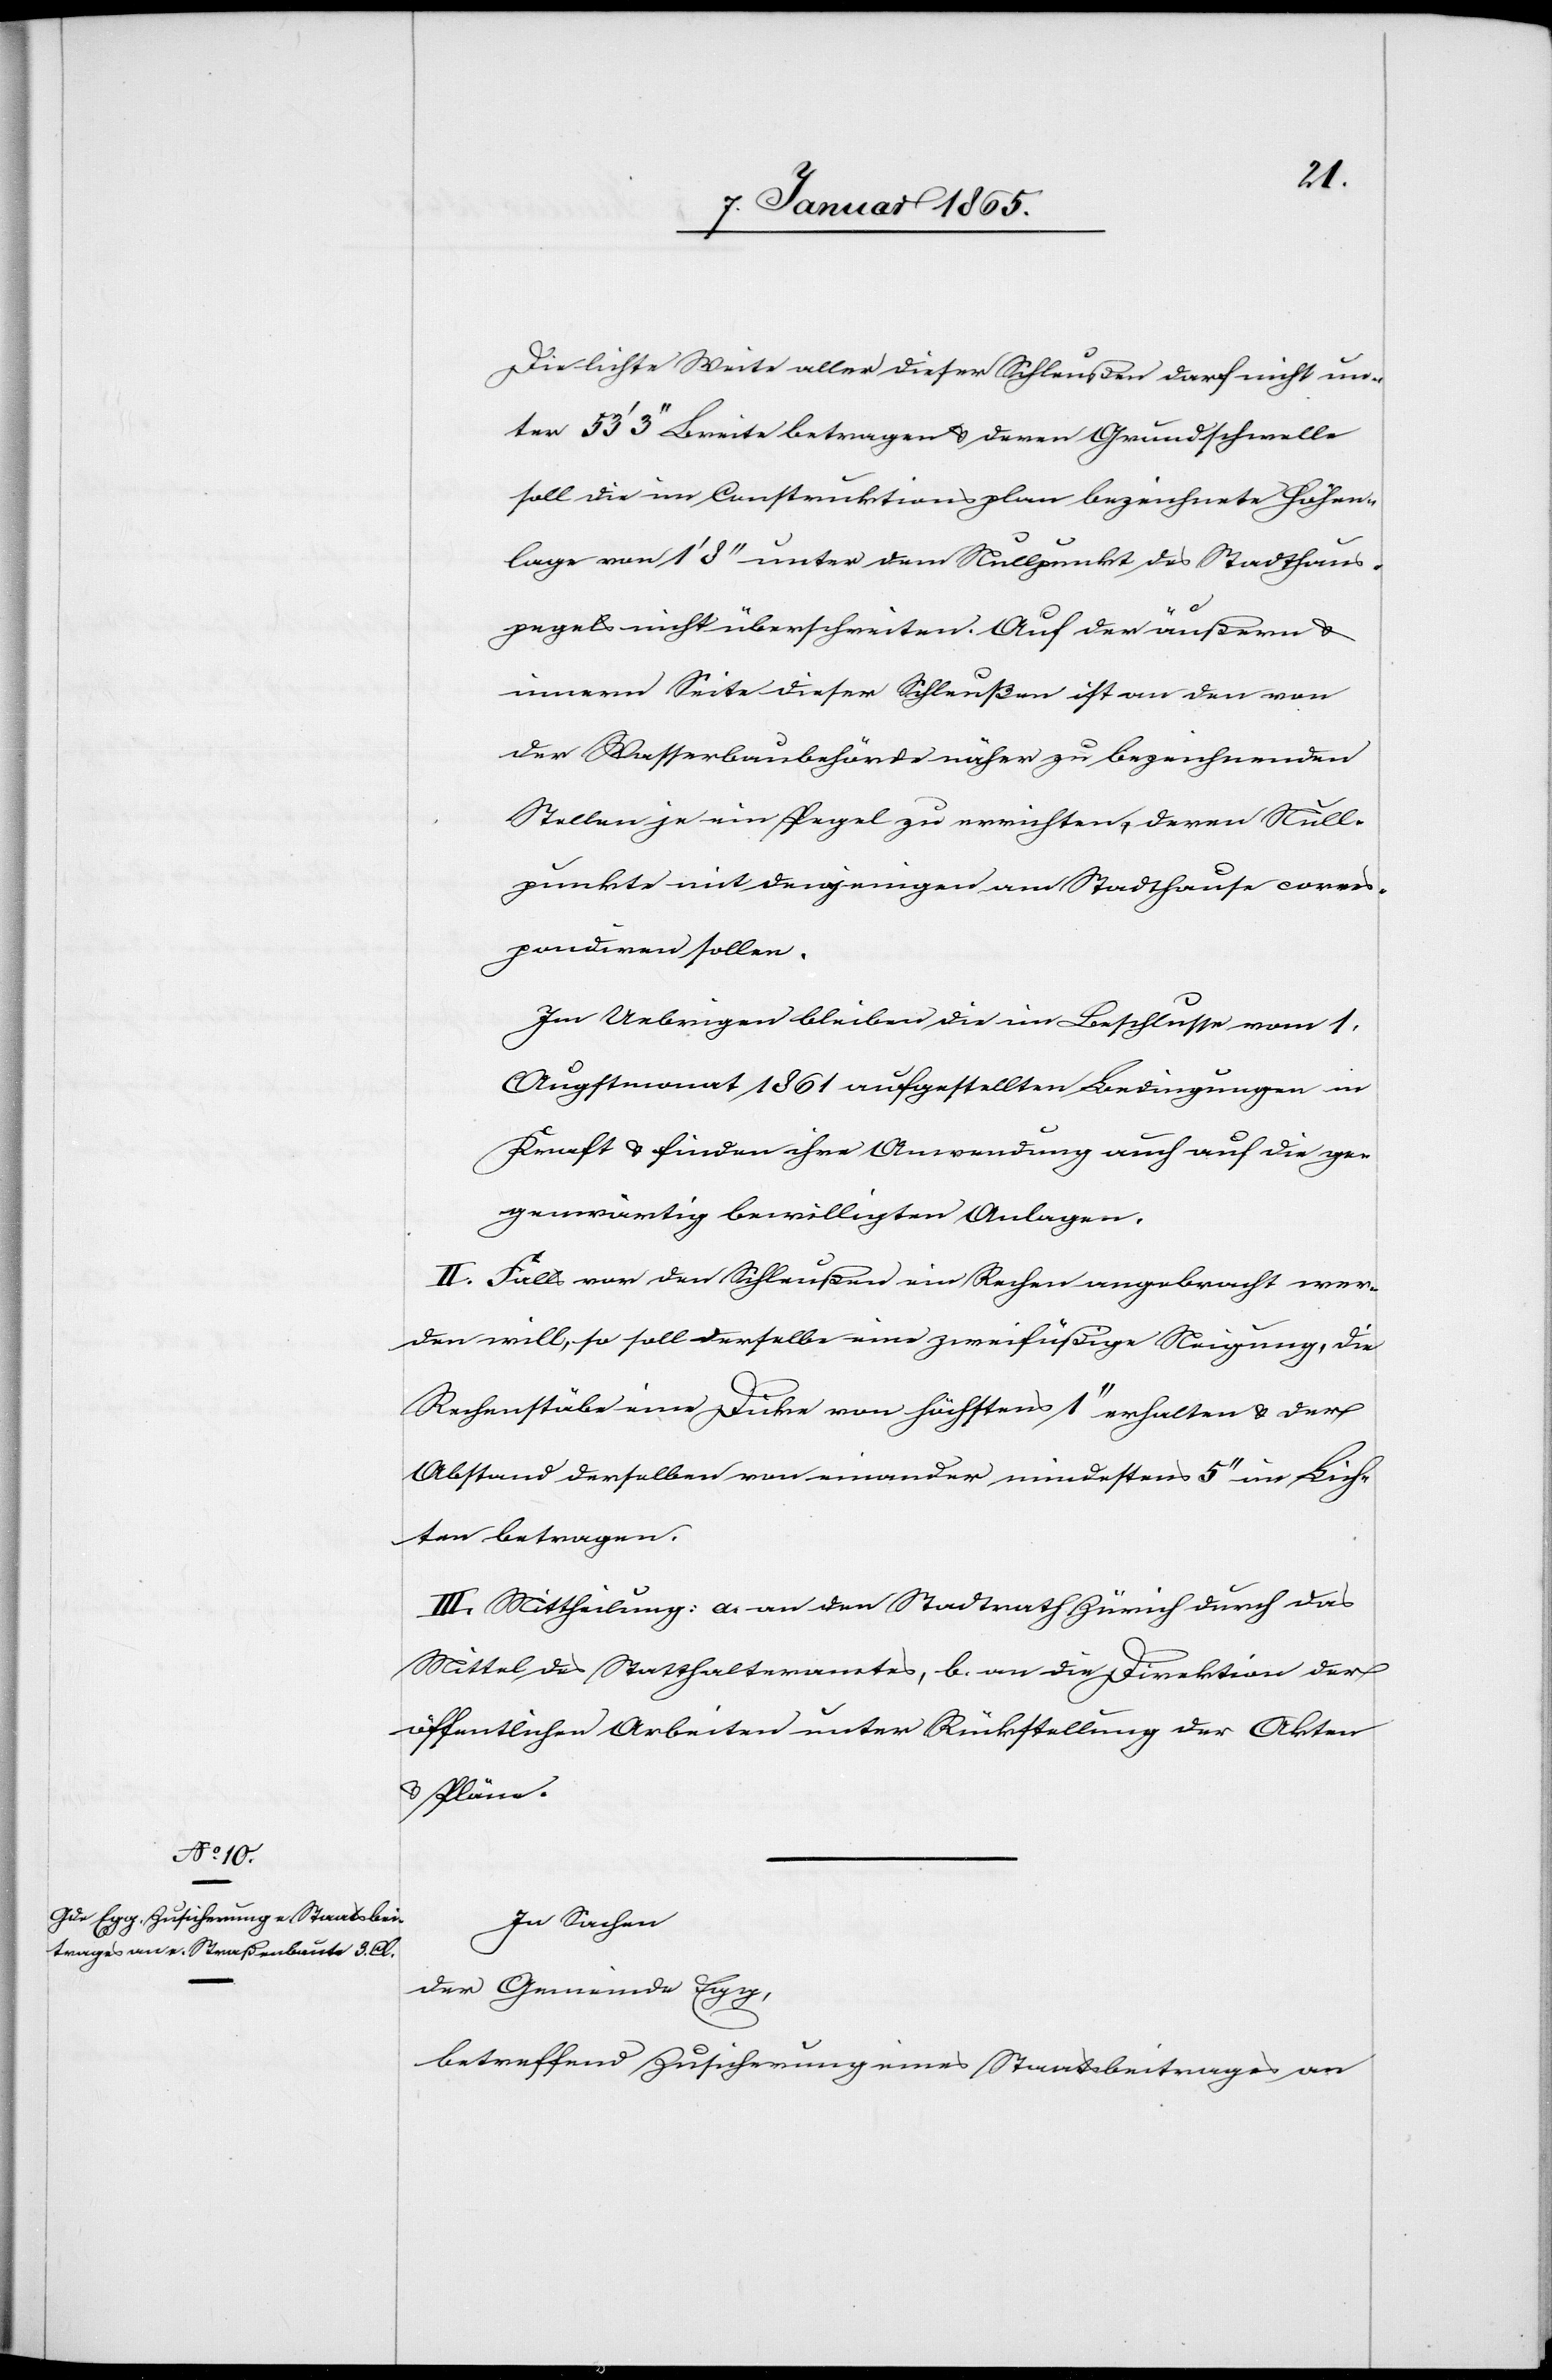
Die lichte Weite aller dieser Schleußen darf nicht un¬
ter 53’ 3’’ Breite betragen u. deren Grundschwelle
soll die im Construktionsplan bezeichnete Höhen¬
lage von 1’ 8’’ unter dem Nullpunkt des Stadthaus¬
pegels nicht überschreiten. Auf der äußern u.
innern Seite dieser Schleußen ist an den von
der Wasserbaubehörde näher zu bezeichnenden
Stellen je ein Pegel zu errichten, deren Null¬
punkte mit denjenigen am Stadthause corres¬
pondiren sollen.
Im Uebrigen bleiben die im Beschlusse vom 1.
Augstmonat 1861 aufgestellten Bedingungen in
Kraft u. finden ihre Anwendung auch auf die ge¬
genwärtig bewilligten Anlagen.
II. Falls vor den Schleußen ein Rechen angebracht wer¬
den will, so soll derselbe eine zweifüßige Neigung, die
Rechenstäbe eine Dicke von höchstens 1’’ erhalten u. der
Abstand derselben von einander mindestens 5’’ im Lich¬
ten betragen.
III. Mittheilung: a. an den Stadtrath Zürich durch das
Mittel des Statthalteramtes, b. an die Direktion der
öffentlichen arbeiten unter Rückstellung der Akten
u. Pläne.
In Sachen
der Gemeinde Egg,
betreffend Zusicherung eines Staatsbeitrages an